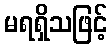
မရရှိသဖြင့်